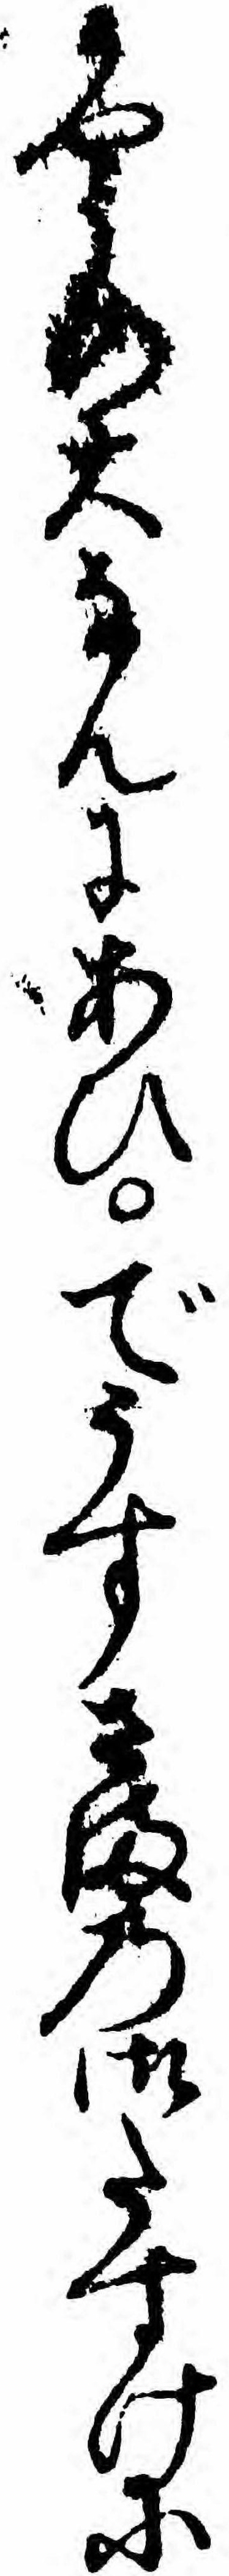
かやうの大なんにあひでうすさまの御たすけに